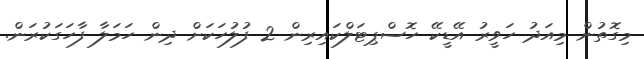
މިގޮތުން މިއަދު ހަވީރު އޭޑީކޭ ހޮސްޕިޓަލްކައިރިން 2 ފުލުހަކަށް ދިން ހަމަލާ ފާހަގަކުރަން.